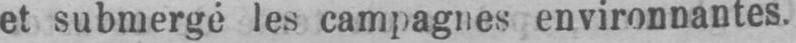
les campagnes environnantes.